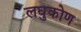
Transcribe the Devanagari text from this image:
लघुकोण